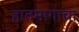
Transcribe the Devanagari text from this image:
हातमागाचा